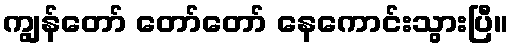
ကျွန်တော် တော်တော် နေကောင်းသွားပြီ။